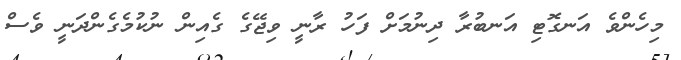
މިހެންވެ އަނގޮޓި އަނބުރާ ދިނުމަށް ފަހު ރާނީ ވިޖޭގެ ގެއިން ނުކުމެގެންދަނީ ވެސް